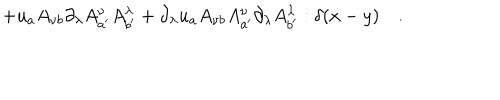
+ u _ { a } A _ { \nu b } \partial _ { \lambda } A _ { a ^ { \prime } } ^ { \nu } A _ { b ^ { \prime } } ^ { \lambda } + \partial _ { \lambda } u _ { a } A _ { \nu b } A _ { a ^ { \prime } } ^ { \nu } \partial _ { \lambda } A _ { b ^ { \prime } } ^ { \lambda } : \delta ( x - y ) \quad .